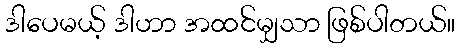
ဒါပေမယ့် ဒါဟာ အထင်မျှသာ ဖြစ်ပါတယ်။